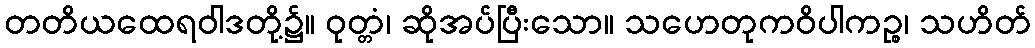
တတိယထေရဝါဒတို့၌။ ဝုတ္တံ၊ ဆိုအပ်ပြီးသော။ သဟေတုကဝိပါကဉ္စ၊ သဟိတ်